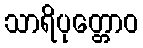
သာရိပုတ္တောဝ